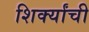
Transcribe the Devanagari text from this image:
शिर्क्यांची